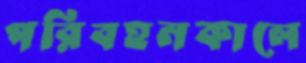
পরিবহনকালে